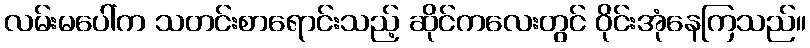
လမ်းမပေါ်က သတင်းစာရောင်းသည့် ဆိုင်ကလေးတွင် ဝိုင်းအုံနေကြသည်။